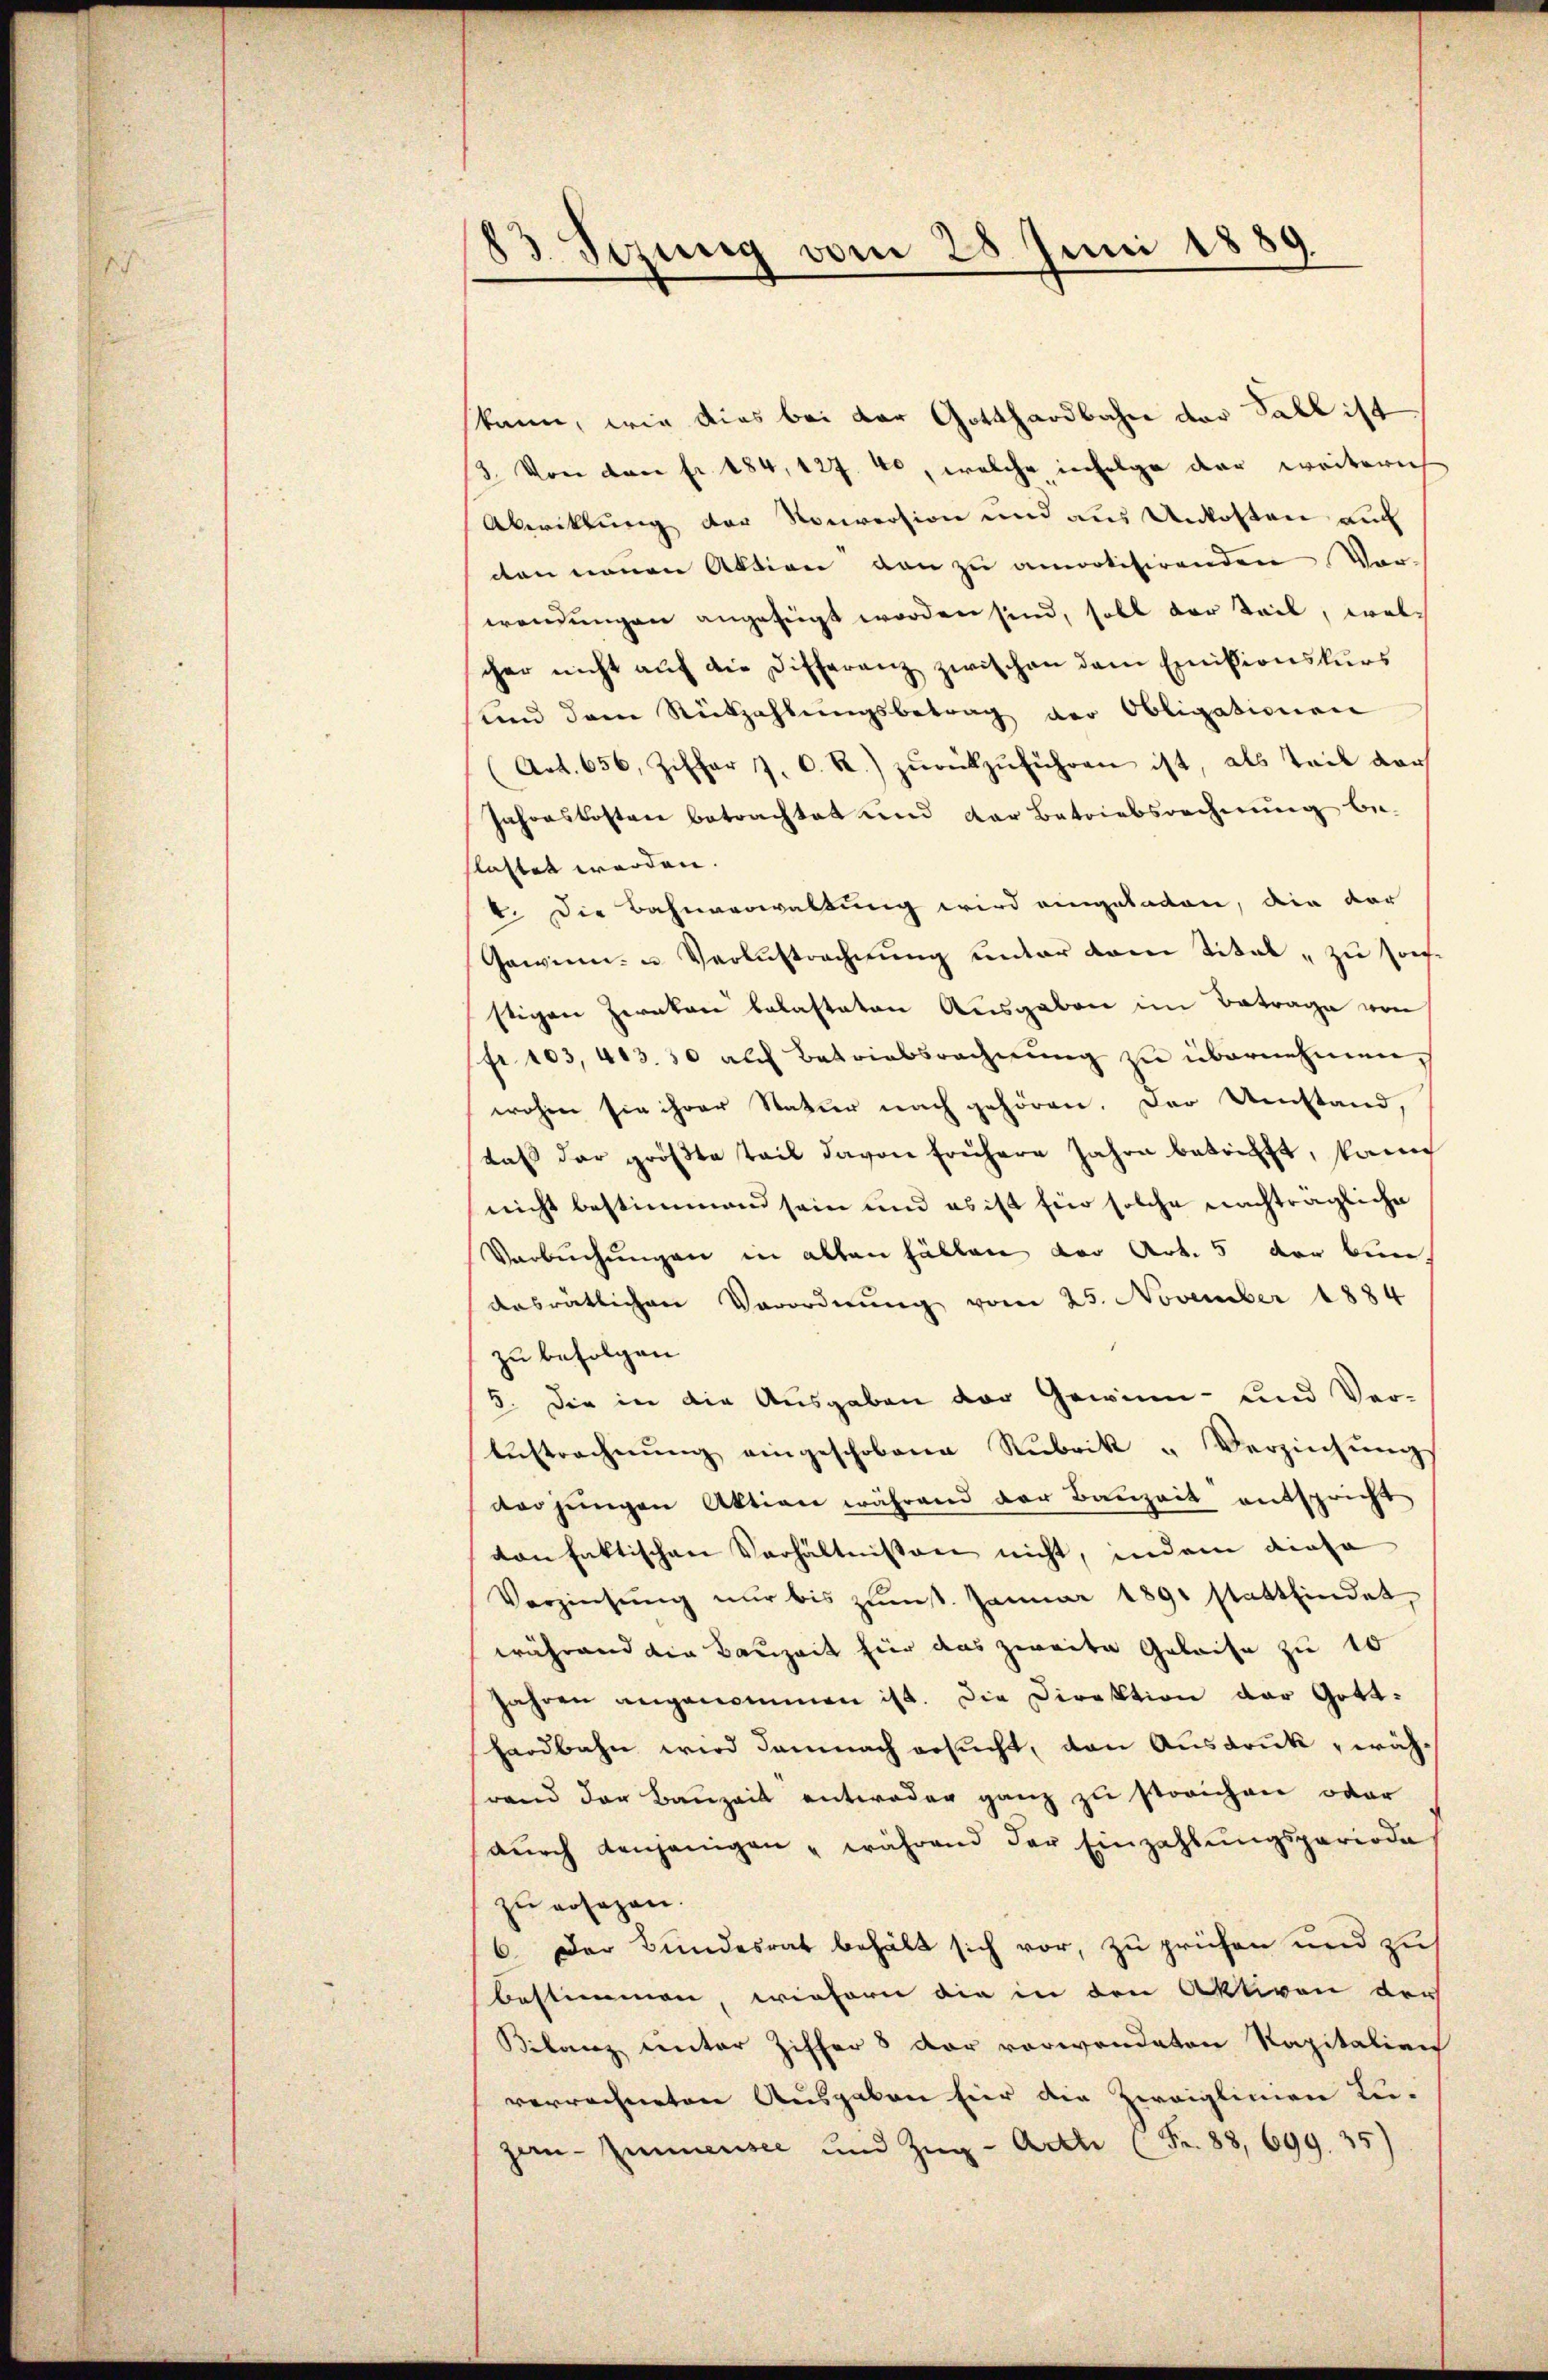
83 Sezung vom 28 Juni 1889

kann, wie dies bei der Gotthardbahn der Fall ist
3. Von dem fr. 184, 127. 40, welche infolge der weiterich
Abrittung der Nouversion und aus Unkosten auch
den neuen Aktion den zu amotisirenden Ver-
wendungen angefügt worden sind, soll der Teil, welcher nicht auf die Differenz zwischen dem Emissionskurs
und dem Rückzahlungsbetrag der Obligationen
(Art. 656 Ziffer J. C. R.) zŭrückzŭführen ist, als Teil dar
Jahreskosten betrachtet und der Betriebsrechnung be-
lastet werden.
1. Die Bahnverwaltung wird eingeladen, die dar
Gewinn- u Verlustrechnung unter dem Titel zu sonstigen Zwecken belasteten Ausgaben im Betrage von
fr. 103, 413. 50 auch Betriebsrechnung zu übernehmen,
wohen sie ihrer Natur nach gehören. Der Umstand
daß der größte Teil davon frühere Jahre betrifft, kann
nicht bestimmend sein und es ist für solche nachträgliche
Verbuchungen in alten Fällen der Art. 5 der bin,
dasrätlichen Verordnung vom 25. November 1884
zu befolgen
5. Die in die Ausgaben der Gewinn- und Ver-
Aŭstrechnŭng eingeschobene Rubrik „Verziehŭng
dorjungen Aktion während der Bauzeit entspricht
von faktischen Verhältnissen nicht, indem diese
Verzinsung nur bis zŭmt. Januar 1891 stattfindet,
während die Bauzeit hier das zweite Geleise zu 10
jahren angenommen ist. Die Direktion der Gotthardbahn wird damnach ersucht, den Ausdruck, währand der Bauzeit entweder ganz zu streichen oder
dŭrch denjenigen " während der Einzahlŭngsperiode,
zu ersagen.
6. Der Bundesrat behält sich vor, zu prüfen und zu
bestimmen, wiefern die in den Aktiven der
Bilanz unter Ziffer 8 der vorwandeten Kapitalien
verrechneten Ausgaben hier die Zweiglinnen Legan Zimmensee und Zug - Arth (Fr. 88, 699. 35)